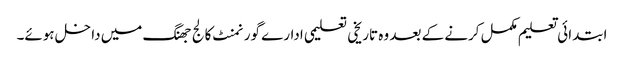
ابتدائی تعلیم مکمل کرنے کے بعد وہ تاریخی تعلیمی ادارے گورنمنٹ کالج جھنگ میں داخل ہوئے۔